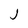
Character: J